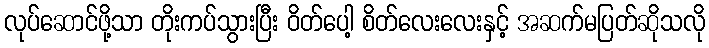
လုပ်ဆောင်ဖို့သာ တိုးကပ်သွားပြီး ဝိတ်ပေါ့ စိတ်လေးလေးနှင့် အဆက်မပြတ်ဆိုသလို